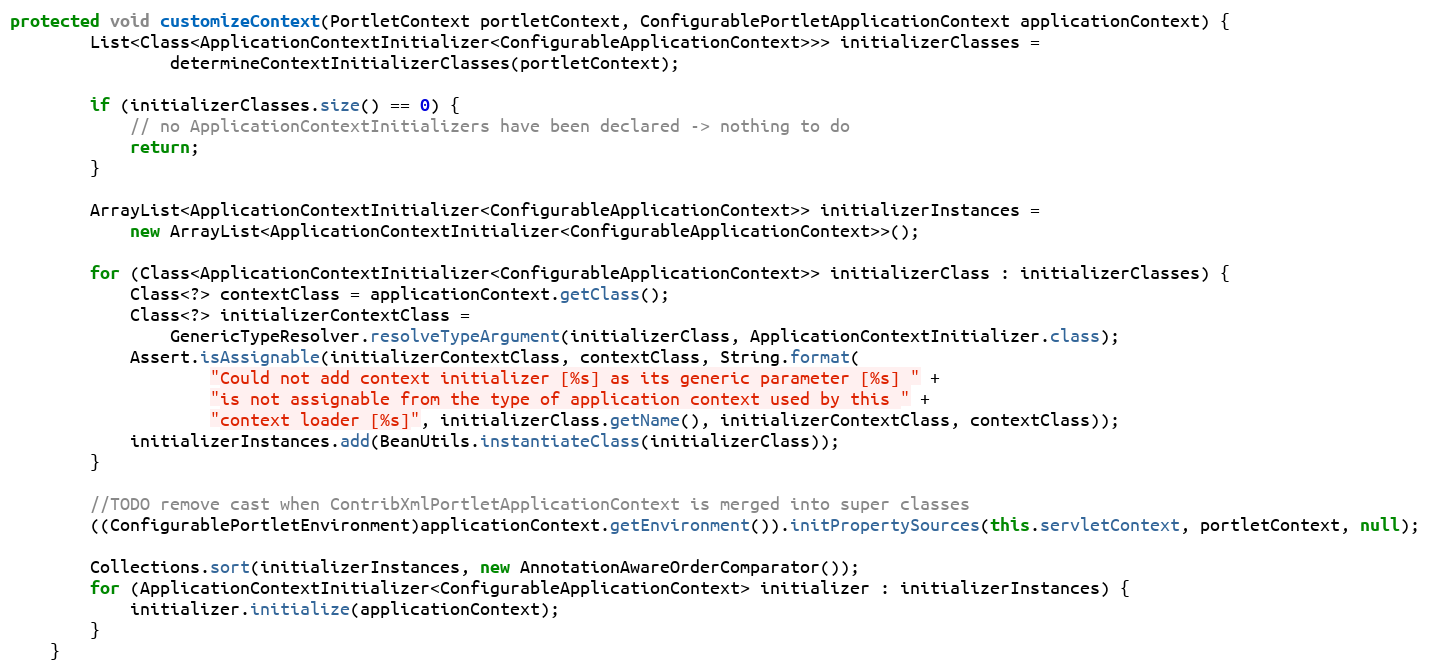
Language: Java
protected void customizeContext(PortletContext portletContext, ConfigurablePortletApplicationContext applicationContext) {
        List<Class<ApplicationContextInitializer<ConfigurableApplicationContext>>> initializerClasses =
                determineContextInitializerClasses(portletContext);

        if (initializerClasses.size() == 0) {
            // no ApplicationContextInitializers have been declared -> nothing to do
            return;
        }

        ArrayList<ApplicationContextInitializer<ConfigurableApplicationContext>> initializerInstances =
            new ArrayList<ApplicationContextInitializer<ConfigurableApplicationContext>>();

        for (Class<ApplicationContextInitializer<ConfigurableApplicationContext>> initializerClass : initializerClasses) {
            Class<?> contextClass = applicationContext.getClass();
            Class<?> initializerContextClass =
                GenericTypeResolver.resolveTypeArgument(initializerClass, ApplicationContextInitializer.class);
            Assert.isAssignable(initializerContextClass, contextClass, String.format(
                    "Could not add context initializer [%s] as its generic parameter [%s] " +
                    "is not assignable from the type of application context used by this " +
                    "context loader [%s]", initializerClass.getName(), initializerContextClass, contextClass));
            initializerInstances.add(BeanUtils.instantiateClass(initializerClass));
        }

        //TODO remove cast when ContribXmlPortletApplicationContext is merged into super classes
        ((ConfigurablePortletEnvironment)applicationContext.getEnvironment()).initPropertySources(this.servletContext, portletContext, null);

        Collections.sort(initializerInstances, new AnnotationAwareOrderComparator());
        for (ApplicationContextInitializer<ConfigurableApplicationContext> initializer : initializerInstances) {
            initializer.initialize(applicationContext);
        }
    }